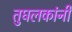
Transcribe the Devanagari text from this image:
तुघलकांनी